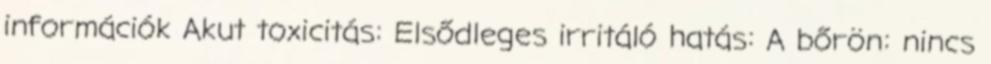
információk Akut toxicitás: Elsődleges irritáló hatás: A bőrön: nincs